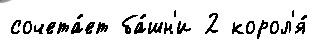
сочета́ет ба́шн'и 2 корол'я́